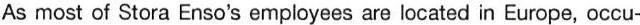
As most of Stora Enso's employees are located in Europe,occu-